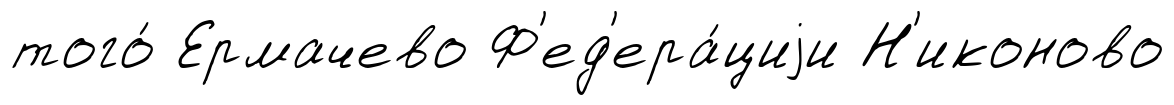
того́ Ермачево Ф'ед'ера́циjи Н'иконово